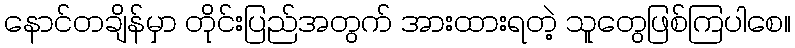
နောင်တချိန်မှာ တိုင်းပြည်အတွက် အားထားရတဲ့ သူတွေဖြစ်ကြပါစေ။